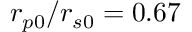
r _ { p 0 } / r _ { s 0 } = 0 . 6 7